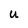
Character: U